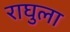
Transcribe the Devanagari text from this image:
राघुला